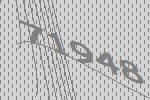
71948